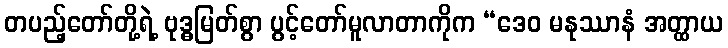
တပည့်တော်တို့ရဲ့ ဗုဒ္ဓမြတ်စွာ ပွင့်တော်မူလာတာကိုက “ဒေဝ မနုဿာနံ အတ္ထာယ